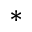
^ *